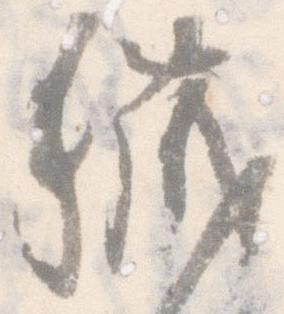
穢